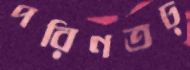
পরিণতঢ়